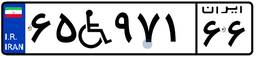
۶۵W۹۷۱۶۶